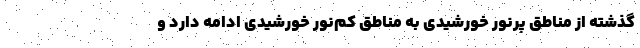
گذشته از مناطق پرنور خورشیدی به مناطق کم‌نور خورشیدی ادامه دارد و